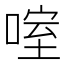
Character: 㗌